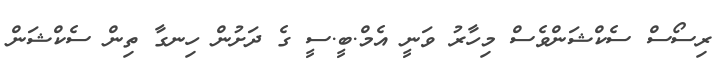
ރިސޯސް ސެކްޝަންވެސް މިހާރު ވަނީ އެމް.ބީ.ސީ ގެ ދަށުން ހިނގާ ތިން ސެކްޝަން